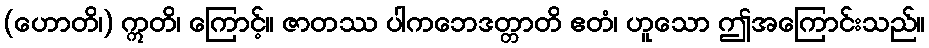
(ဟောတိ၊) ဣတိ၊ ကြောင့်။ ဇာတဿ ပါကဘေဒတ္တာတိ ဧတံ၊ ဟူသော ဤအကြောင်းသည်။